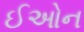
ઈઓન